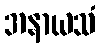
အနာယသံ